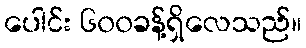
ပေါင်း ၆၀၀ခန့်ရှိလေသည်။